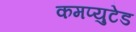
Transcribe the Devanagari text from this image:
कमप्युटेड